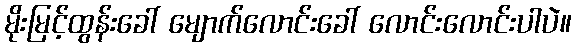
မိုးမြင့်ထွန်းခေါ် မျောက်လောင်းခေါ် လောင်းလောင်းပါပဲ။